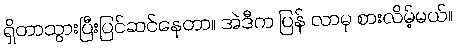
ရှိတာသွားပြီးပြင်ဆင်နေတာ။ အဲဒီက ပြန် လာမှ စားလိမ့်မယ်။